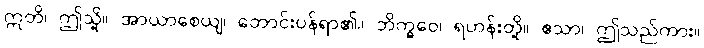
ဣတိ၊ ဤသို့။ အာယာစေယျ၊ တောင်းပန်ရာ၏။ ဘိက္ခဝေ၊ ရဟန်းတို့။ ဧသာ၊ ဤသည်ကား။